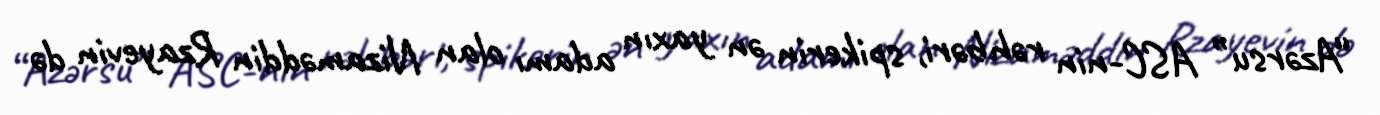
“Azərsu” ASC-nin rəhbəri, spikerin ən yaxın adamı olan Nizaməddin Rzayevin də